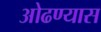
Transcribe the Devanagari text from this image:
ओढण्यास